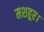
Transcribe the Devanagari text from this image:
मशहूर।